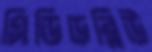
সিডিডব্লিউ